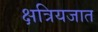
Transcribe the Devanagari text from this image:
क्षत्रियजात